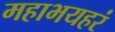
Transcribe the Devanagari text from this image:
महाभयहरं